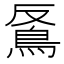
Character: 𩿔